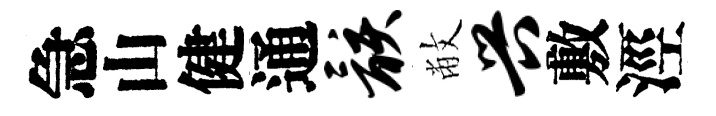
急山健通骸敝兴敷涇